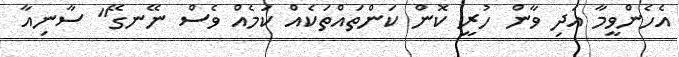
އެހެންވީމާ އަދި ވާން ހުރީ ކޮން ކަންތައްތަކެއް ކަމެއް ވެސް ނޭނގޭ" ސާނިއާ